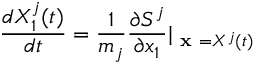
\frac { d X _ { 1 } ^ { j } ( t ) } { d t } = \frac { 1 } { m _ { j } } \frac { \partial S ^ { j } } { \partial x _ { 1 } } \vert _ { \textbf { x } = X ^ { j } ( t ) }